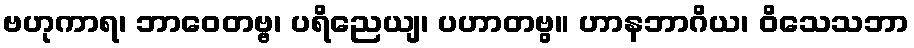
ဗဟုကာရ၊ ဘာဝေတဗ္ဗ၊ ပရိညေယျ၊ ပဟာတဗွ။ ဟာနဘာဂိယ၊ ဝိသေသဘာ